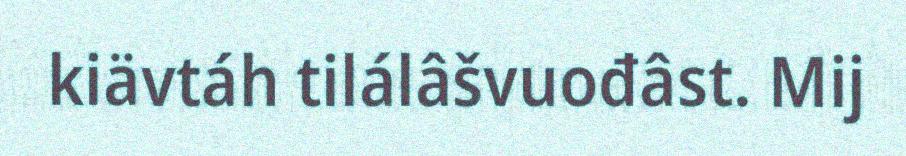
kiävtáh tilálâšvuođâst. Mij